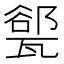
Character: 𪼾